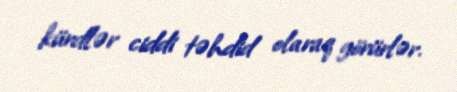
kürdlər ciddi təhdid olaraq görürlər.